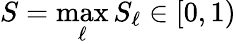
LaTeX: S=\operatorname*{max}_{\ell}S_{\ell}\in[0,1)